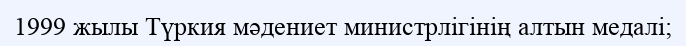
1999 жылы Түркия мәдениет министрлігінің алтын медалі;